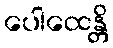
ပေါထေန္တိ